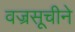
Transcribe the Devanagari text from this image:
वज्रसूचीने